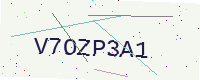
Text: V7OZP3A1